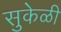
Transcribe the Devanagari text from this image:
सुकेळी